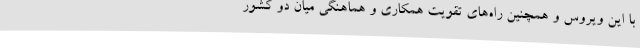
با این ویروس و همچنین راه‌های تقویت همکاری و هماهنگی میان دو کشور